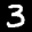
Label: 3